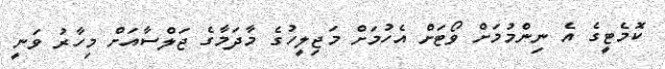
ކޮމެޓީގެ އެ ނިންމުމަށް ވޯޓަށް އެހުމަށް މަޖިލީހުގެ މާދަމާގެ ޖަލްސާއަށް މިހާރު ވަނީ